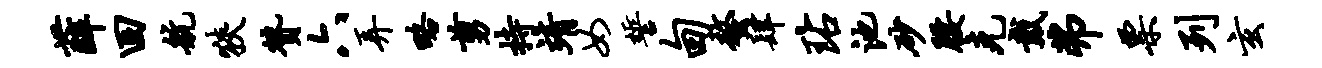
薛回航狭赞六弄略剪持靖女誓甸螯肆玷池砂腰克戴弗票列玄